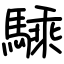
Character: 騬